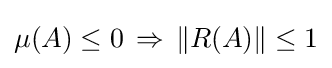
\mu (A)\leq 0\,\Rightarrow \,\|R(A)\|\leq 1